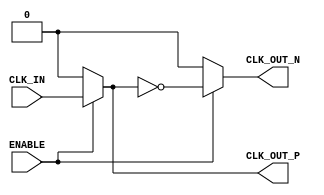
module differential_clock_buffer (
    input wire CLK_IN,      // Single-ended input clock signal
    input wire ENABLE,      // Active-high control signal
    output wire CLK_OUT_P,  // Positive differential clock output
    output wire CLK_OUT_N   // Negative differential clock output
);

    // Internal signals
    wire clk_buf;           // Buffered clock signal

    // High-speed buffer to amplify the CLK_IN signal
    // This can be replaced with a specific buffer primitive if available
    assign clk_buf = ENABLE ? CLK_IN : 1'b0; // Buffering with enable control

    // Inverter to generate CLK_OUT_N from CLK_OUT_P
    assign CLK_OUT_P = clk_buf;               // Buffered clock output
    assign CLK_OUT_N = ENABLE ? ~clk_buf : 1'b0; // Inverted output with enable control

endmodule